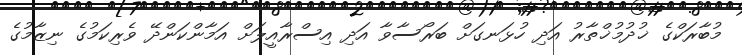
މުބާރަކްގެ ޚުދުމުޚްތާރު އަދި ހުޅަނގަށް ބަރޯސާވާ އަދި އިސްރާއީލަށް އަމާންކަންދޭ ވެރިކަމުގެ ނިޒާމުގެ